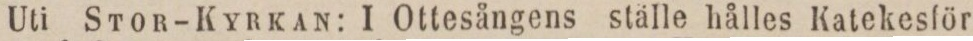
Uti Stor-Kyrkan: I Ottesångens ställe hålles Katekesför-